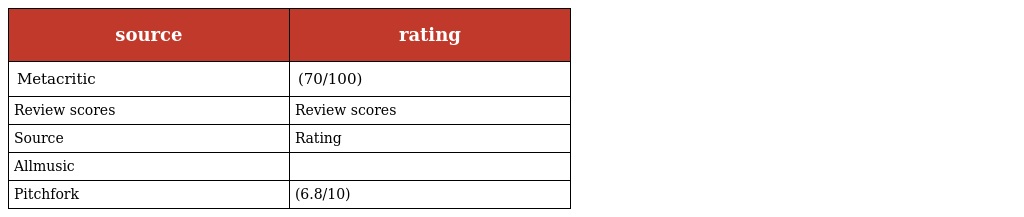
| source | rating |
 | --- | --- |
 | Metacritic | (70/100) |
 | Review scores | Review scores |
 | Source | Rating |
 | Allmusic |  |
 | Pitchfork | (6.8/10) |